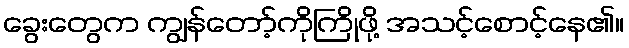
ခွေးတွေက ကျွန်တော့်ကိုကြိုဖို့ အသင့်စောင့်နေ၏။